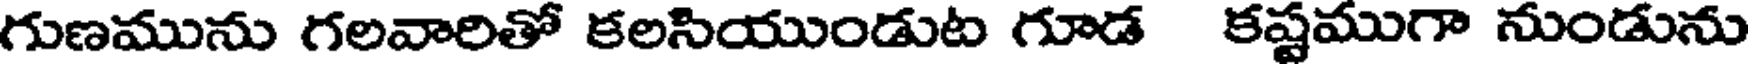
గుణమును గలవారితో కలసియుండుట గూడ కష్టముగా నుండును